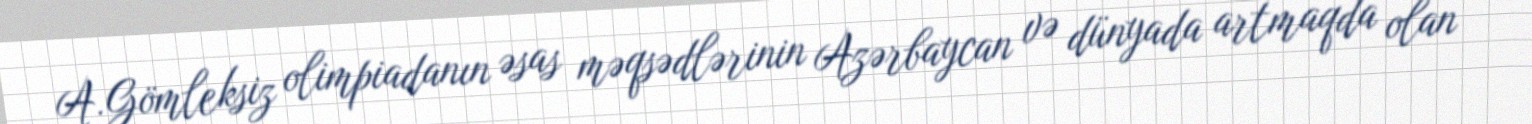
A.Gömleksiz olimpiadanın əsas məqsədlərinin Azərbaycan və dünyada artmaqda olan